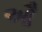
ઔ